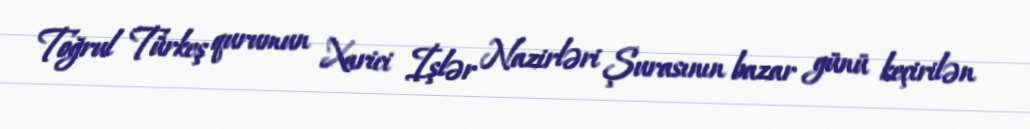
Toğrul Türkeş qurumun Xarici İşlər Nazirləri Şurasının bazar günü keçirilən